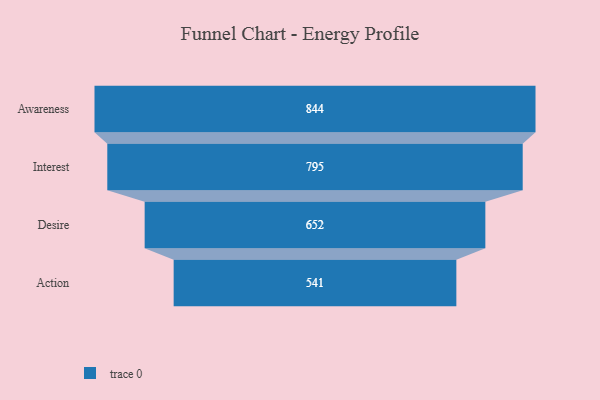
{"axis": {"x": "Stage", "y": "Value"}, "legend": [""], "data": [{"x": "Awareness", "y": 844.0, "type": ""}, {"x": "Interest", "y": 795.0, "type": ""}, {"x": "Desire", "y": 652.0, "type": ""}, {"x": "Action", "y": 541.0, "type": ""}]}